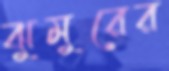
ঝুমুরের